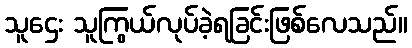
သူဌေး သူကြွယ်လုပ်ခဲ့ရခြင်းဖြစ်လေသည်။